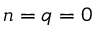
n = q = 0